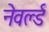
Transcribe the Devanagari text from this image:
नेवर्ल्ड